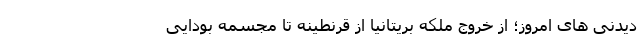
دیدنی های امروز؛ از خروج ملکه بریتانیا از قرنطینه تا مجسمه بودایی